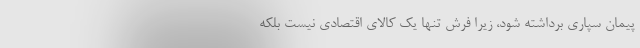
پیمان سپاری برداشته شود، زیرا فرش تنها یک کالای اقتصادی نیست بلکه